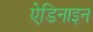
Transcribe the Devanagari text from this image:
ऐडिनाइन